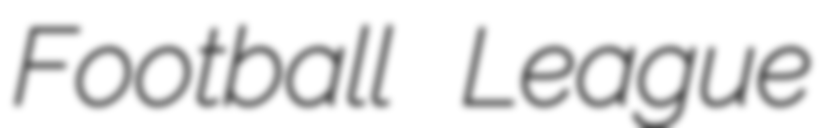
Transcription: Football League